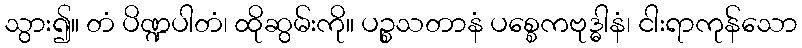
သွား၍။ တံ ပိဏ္ဍပါတံ၊ ထိုဆွမ်းကို။ ပဉ္စသတာနံ ပစ္စေကဗုဒ္ဓါနံ၊ ငါးရာကုန်သော